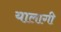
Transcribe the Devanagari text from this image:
यालागी